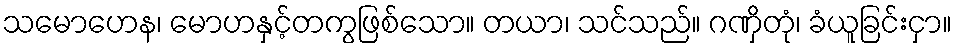
သမောဟေန၊ မောဟနှင့်တကွဖြစ်သော။ တယာ၊ သင်သည်။ ဂဏှိတုံ၊ ခံယူခြင်းငှာ။